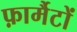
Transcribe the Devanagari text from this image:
फ़ार्मैटों